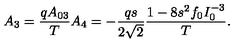
A _ { 3 } = { \frac { q A _ { 0 3 } } { T } } A _ { 4 } = - { \frac { q s } { 2 \sqrt 2 } } { \frac { 1 - 8 s ^ { 2 } f _ { 0 } I _ { 0 } ^ { - 3 } } { T } } .